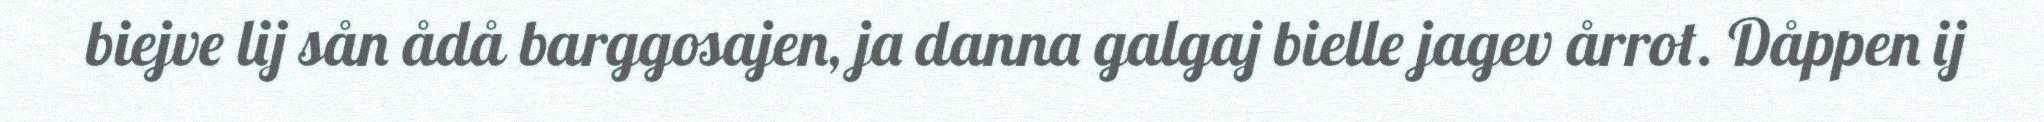
biejve lij sån ådå barggosajen, ja danna galgaj bielle jagev årrot. Dåppen ij